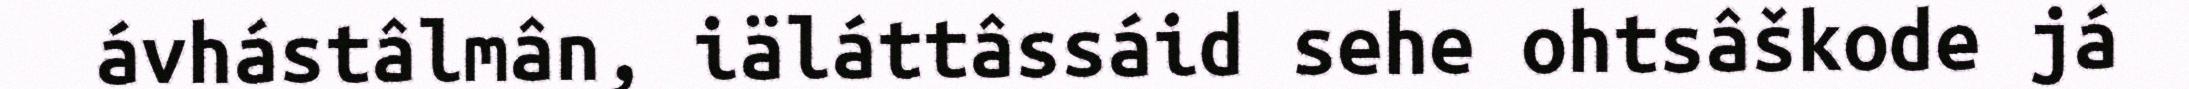
ávhástâlmân, iäláttâssáid sehe ohtsâškode já